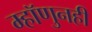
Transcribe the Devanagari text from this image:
म्हॉणुनही